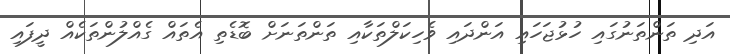
އަދި ތަންތަނުގައި ހުޅުޖަހައި އަންދައި ވެހިކަލްތަކާއި ތަންތަނަށް ބޮޑެތި އެތައް ގެއްލުންތަކެއް ދީފައި